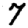
Digit: 7